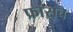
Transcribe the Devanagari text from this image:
फ्रांसच